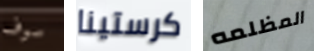
سوف كرستينا المظلمه